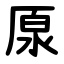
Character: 厡